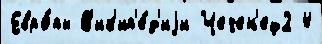
Евро́пы В'ик'ип'е́д'иjи Чечен'ец2 4